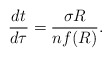
\begin{align*} \frac{dt}{d\tau}= \frac{\sigma R}{nf(R)}.\end{align*}